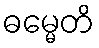
ဓမ္မေတိ